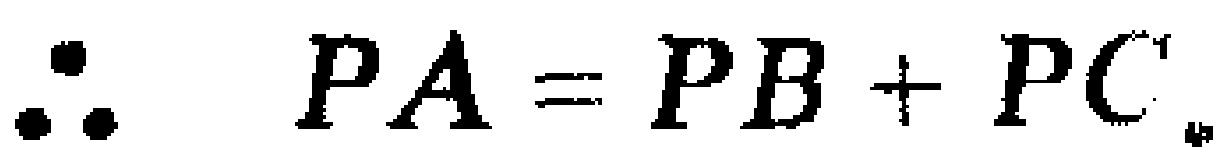
\(\therefore PA = PB + PC\)